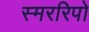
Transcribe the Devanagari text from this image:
स्मररिपो